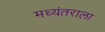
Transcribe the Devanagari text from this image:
मध्यंतराला